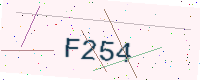
Text: F254